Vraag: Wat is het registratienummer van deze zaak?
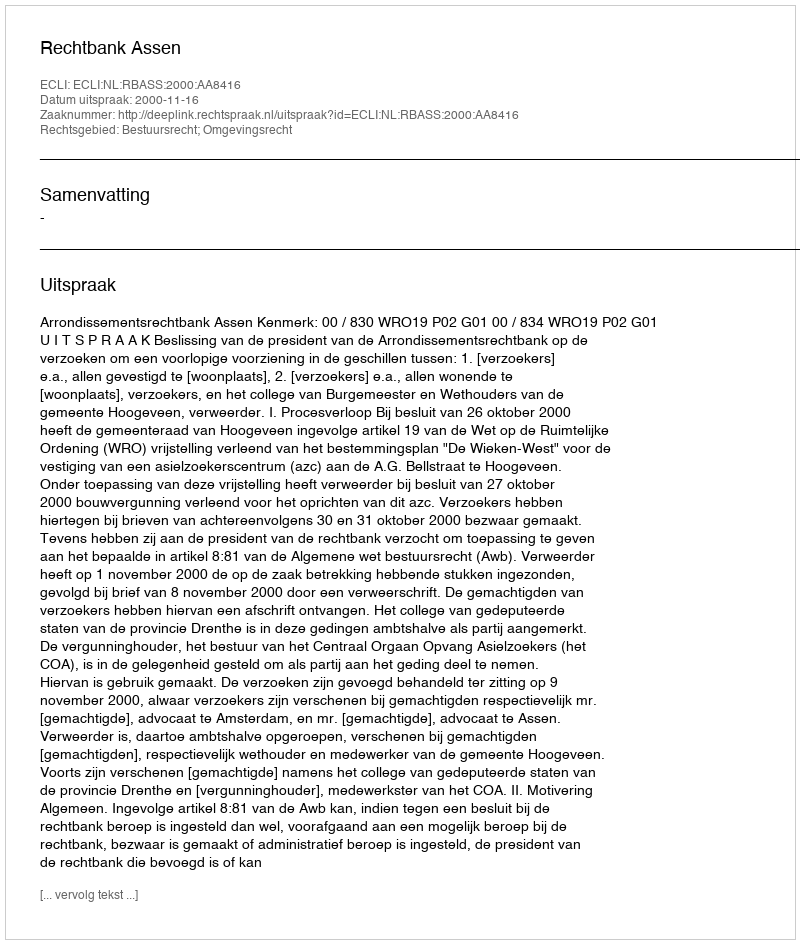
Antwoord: http://deeplink.rechtspraak.nl/uitspraak?id=ECLI:NL:RBASS:2000:AA8416